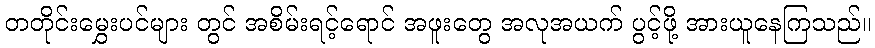
တတိုင်းမွှေးပင်များ တွင် အစိမ်းရင့်ရောင် အဖူးတွေ အလုအယက် ပွင့်ဖို့ အားယူနေကြသည်။